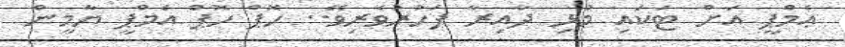
ޢެމްޕީ އަށް ޓަކައި މުޅި ދާއިރާ ފަހުރުވެރިވޭ.. ހޮޕް ހޮޕް އެމްޕީ ޔާމީން